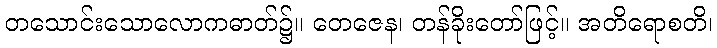
တသောင်းသောလောကဓာတ်၌။ တေဇေန၊ တန်ခိုးတော်ဖြင့်။ အတိရောစတိ၊